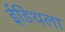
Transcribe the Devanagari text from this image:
ईडिथला